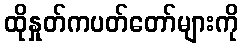
ထိုနှုတ်ကပတ်တော်များကို